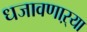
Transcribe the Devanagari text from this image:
धजावणाऱ्या